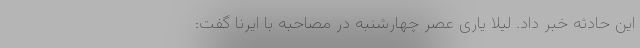
این حادثه خبر داد. لیلا یاری عصر چهارشنبه در مصاحبه با ایرنا گفت: